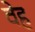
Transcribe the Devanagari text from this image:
वेह